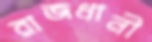
রাজধানী